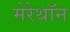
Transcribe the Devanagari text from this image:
मेरेथॉन